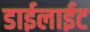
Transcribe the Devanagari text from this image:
डाईलाईट